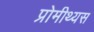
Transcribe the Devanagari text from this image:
प्रोमीथ्यस